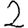
Digit: 2